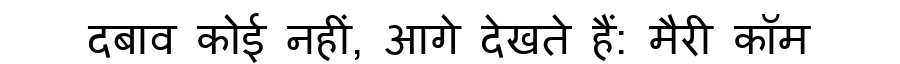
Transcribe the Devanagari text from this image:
दबाव कोई नहीं, आगे देखते हैं: मैरी कॉम